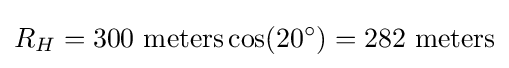
R_{H}=300{\mbox{ meters}}\cos(20^{\circ })=282{\mbox{ meters}}